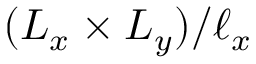
( L _ { x } \times L _ { y } ) / \ell _ { x }